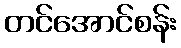
တင်အောင်စန်း